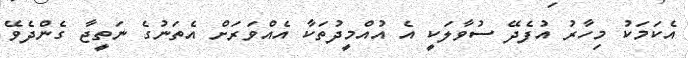
އެކަމަކު މިހާރު އުފެދޭ ސުވާލަކީ އެ އުއްމީދުތަކާ އެއްވަރަށް އެތަނުގެ ނަތީޖާ ގެންދެވޭ